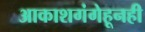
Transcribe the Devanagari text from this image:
आकाशगंगेहूनही